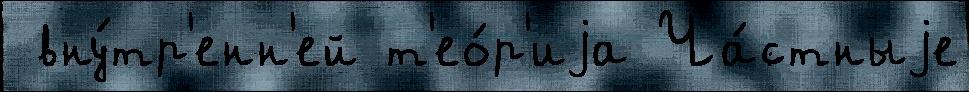
 вну́тр'енн'ей т'ео́р'иjа Ча́стныjе